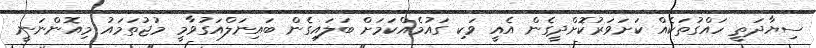
ސިޔާދަތީ ހައްގުތަކެއް ކަށަވަރުކޮަށްދީގެން އެއީ ވަކި ގައުމެއްކަމަށް ބަލައިގެން ބައިނަލްއަގުވާމީ މުޖުތަމައު މިއޮންނަނީ